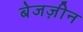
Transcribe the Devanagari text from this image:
बेजज़ीन